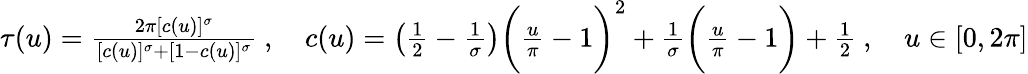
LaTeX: \begin{array}{r}{\tau(u)=\frac{2\pi[c(u)]^{\sigma}}{[c(u)]^{\sigma}+[1-c(u)]^{\sigma}}~,\quad c(u)=\left(\frac 12-\frac 1\sigma\right)\bigg(\frac{u}{\pi}-1\bigg)^{2}+\frac 1\sigma\bigg(\frac{u}{\pi}-1\bigg)+\frac 12~,\quad u\in[0,2\pi]}\end{array}